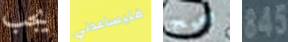
يجب فليساعدني صحيح 345